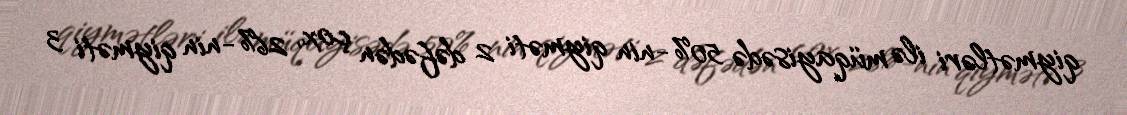
qiymətləri ilə müqayisədə 50%-nin qiyməti 2 dəfədən çox, 26%-nin qiyməti 3